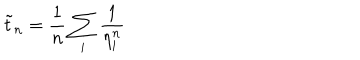
LaTeX: \tilde { t } _ { n } = \frac { 1 } { n } \sum _ { i } \frac { 1 } { \eta _ { i } ^ { n } }